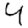
Digit: 4